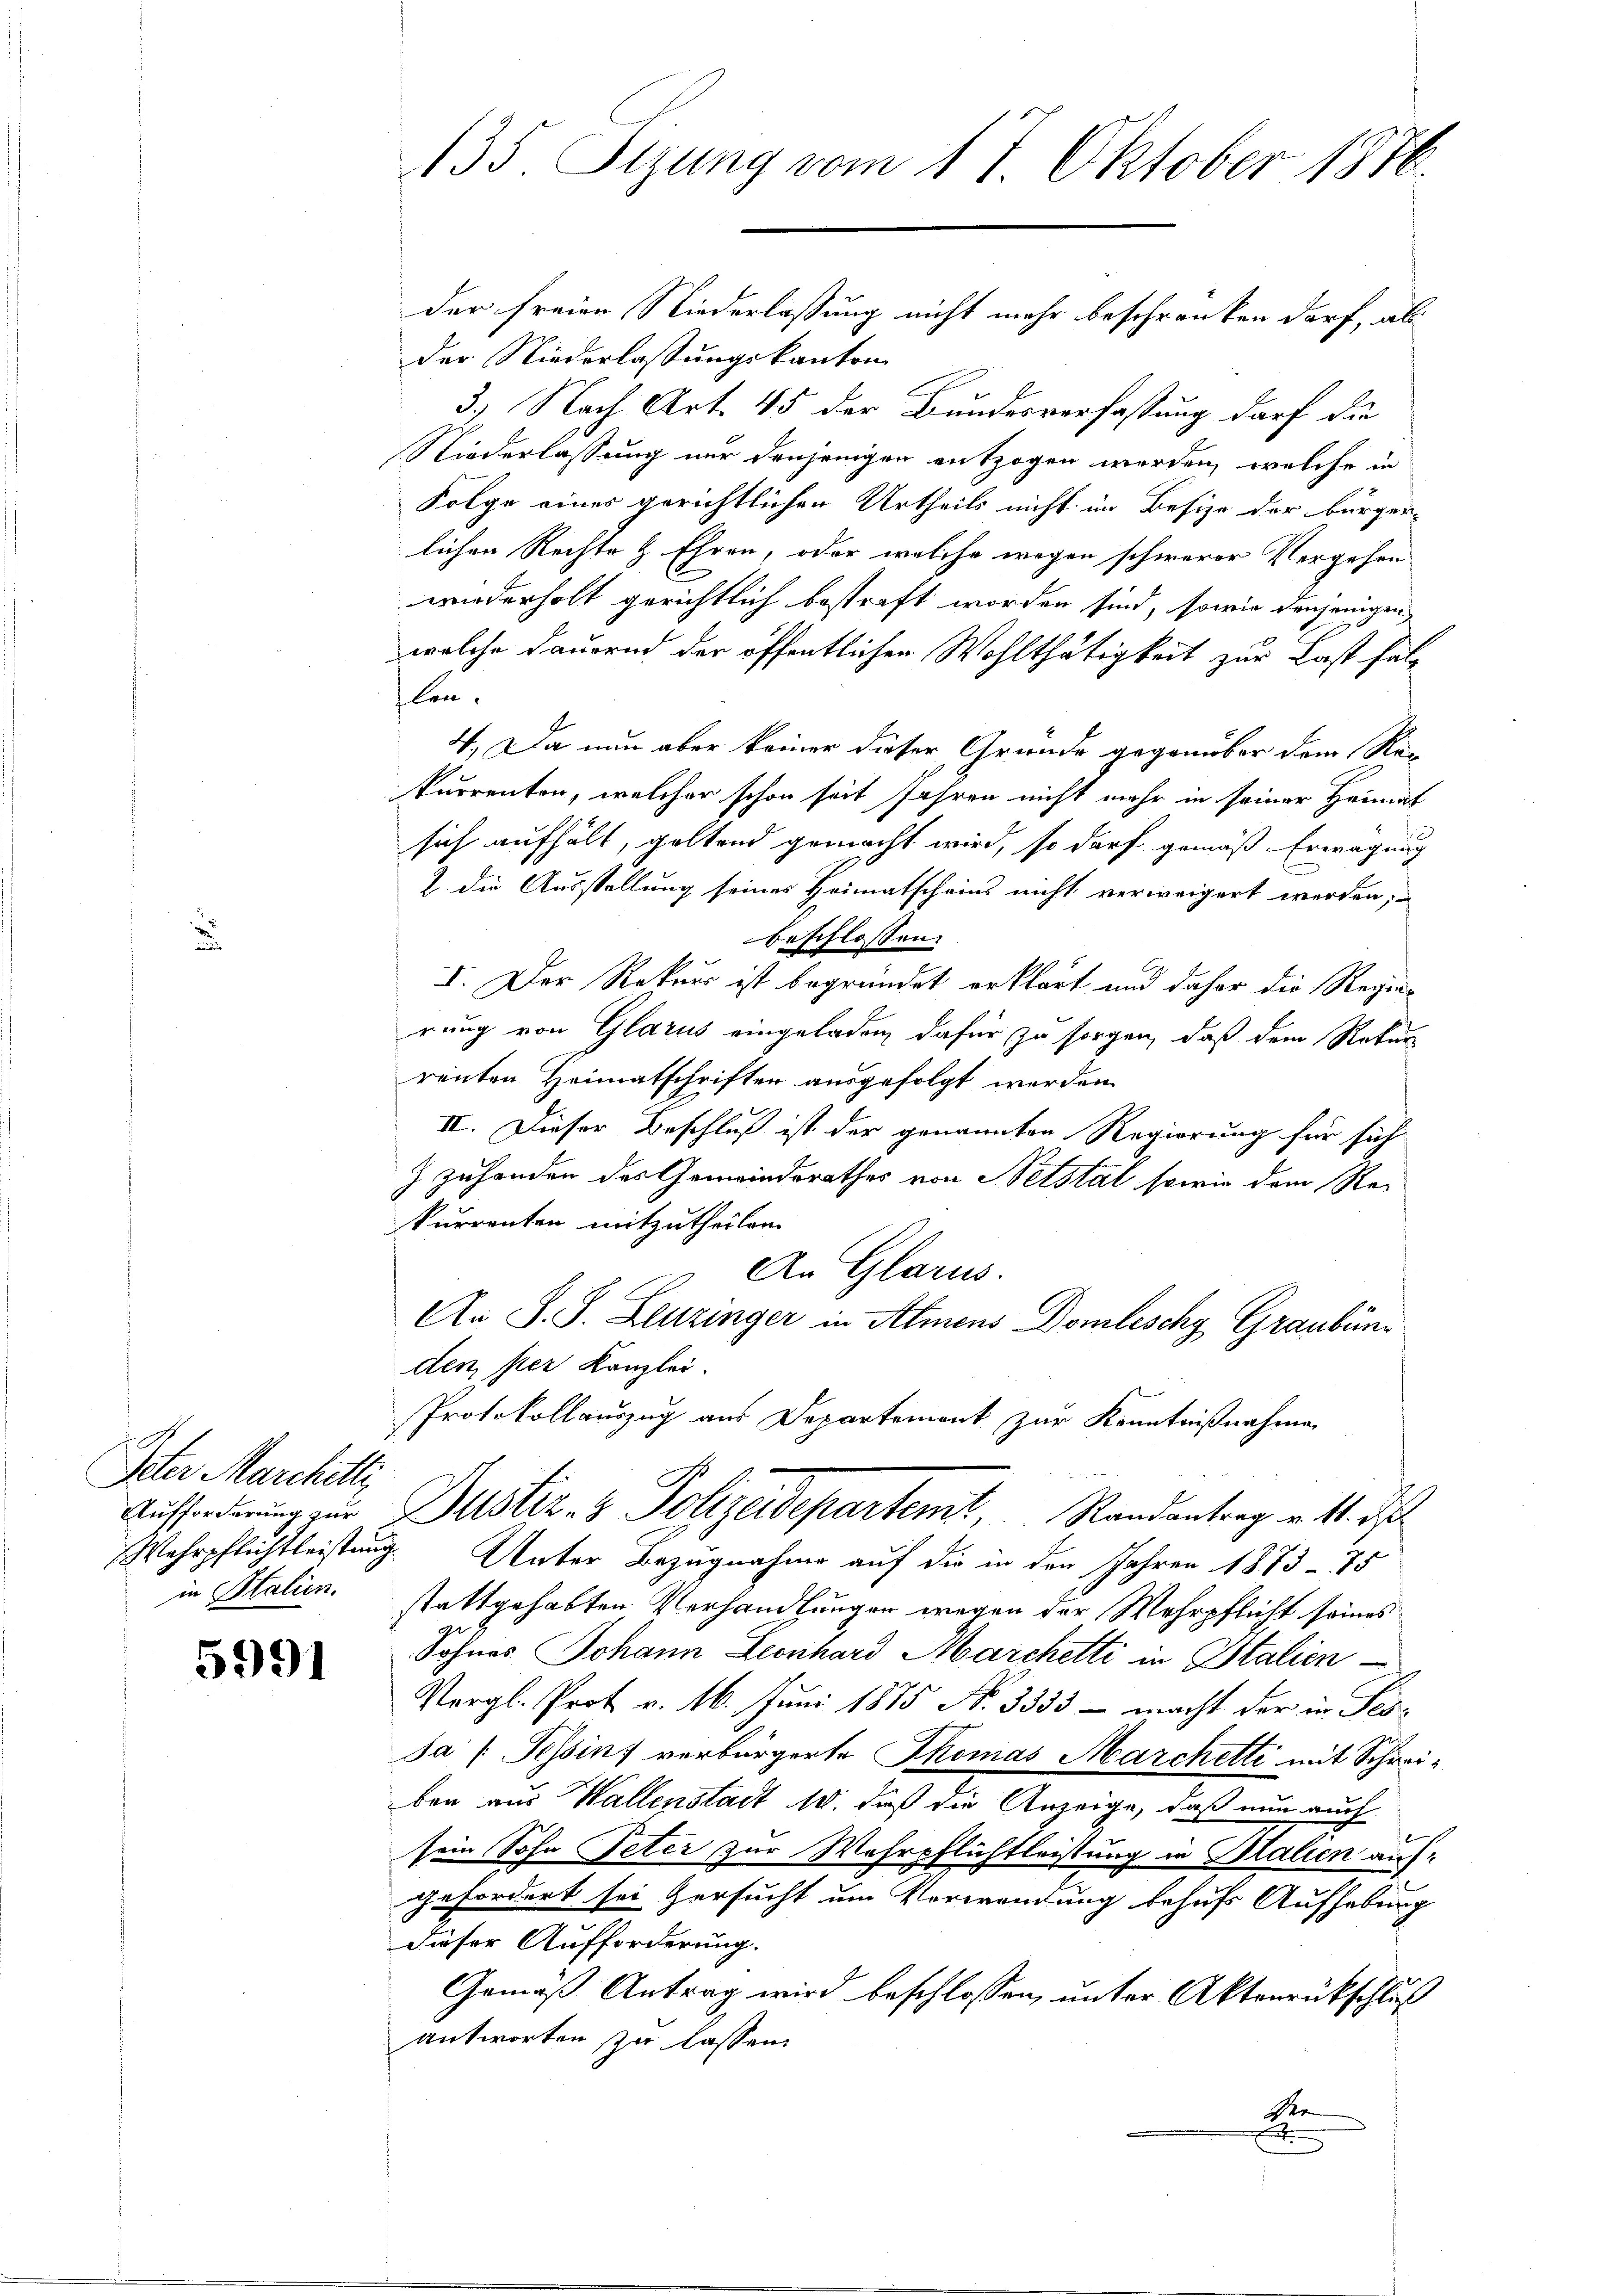
Veter Marchitti

5991

der freien Niederlassung nicht mehr beschränken darf, als
der Niederlassungskanton
3.) Nach Art. 45 der Bundesverfassung darf die
Niederlassung nur denjenigen entzogen werden, welche in
Folge eines gerichtlichen Urtheils nicht im Besize der bürgerlichen Rechte & Ehren, oder welche wegen schwerer Vergehen
wiederholt gerichtlich bestraft worden sind, sowie denjenigen
welche dauernd der öffentlichen Wohlthätigkeit zur Last falilen.
4., Da nun aber keiner dieser Grunde gegenüber dem Reg
kurrenten, welcher schon seit Jahren nicht mehr in seiner Heimat
sich aufhält, geltend gemacht wird, so darf gemäß Erwägung
2. die Ausstellung seines Heimatscheins nicht verweigert werden,
beschlossen:
I. Der Rekurs ist begründet erklärt und daher die Regierung von Glarus eingeladen, dafür zu sorgen, daß dem Rekur
renten Heimatschriften ausgefolgt werden.
II. Dieser Beschluß ist der genannten Regierung für sich
 zuhanden des Gemeindsrathes von Hetstal sowie dem Re-
kurrenten mitzutheilen.
An Glarus.
An S. S. Leuzinger in Almens Domlischg Graubünden, ser Kanzlei.
Protokollauszug aus Departement zur Kenntnißnahme
Aufforderung zur Justiz- & Polizeidepartemt, Randantrag v. 11. ds
Wehrpflichtleistung. Unter Bezugnahme auf die in den Jahren 1873 - 75
in Italien. stattgehabten Verhandlungen wegen der Wehrpflicht seines
Sohnes Johann Leonhard Marchetti in Stalien-
Vergl. Prot. v. 16. Juni 1875 No. 3333 - macht der in Tes¬
Ja (Tessin, verbürgerte Thomas Marchetti mit Schreiben aus Wallenstadt 18. daß die Anzeige, daß nun auch
sein Sohn Peter zur Wehrpflichtleistung in Italien auf-
gefordert sei versucht um Vorwendung behufs Aufhebung
dieser Aufforderung.
Gemäß Antrag wird beschlossen, unter Aktenrückschluß
antworten zu lassen.
Ver
A

135. Sizung vom 17. Oktober 1876.